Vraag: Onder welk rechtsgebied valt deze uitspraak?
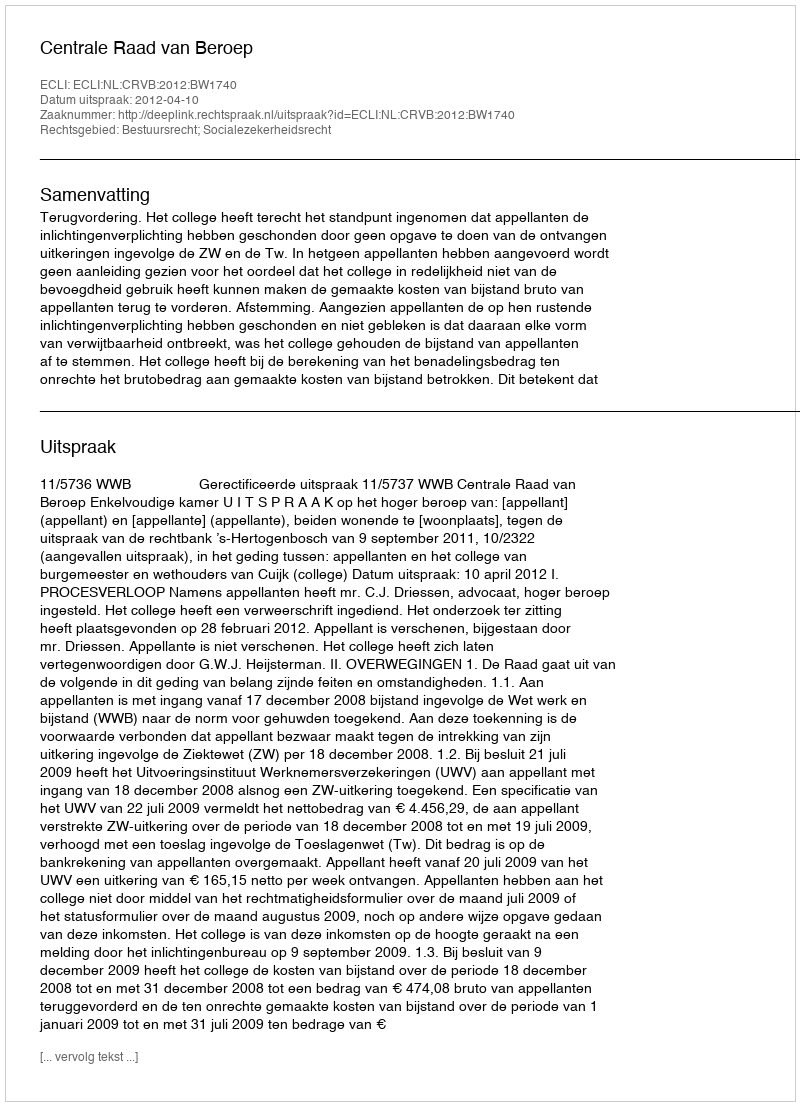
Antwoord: Bestuursrecht; Socialezekerheidsrecht